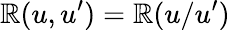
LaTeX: \mathbb{R}(u,u^{\prime})=\mathbb{R}(u/u^{\prime})